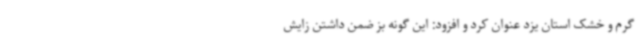
گرم و خشک استان یزد عنوان کرد و افزود: این گونه بز ضمن داشتن زایش